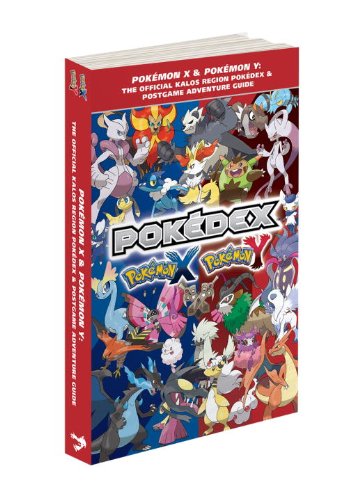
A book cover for PokÃ©mon X & PokÃ©mon Y: The Official Kalos Region PokÃ©dex & Postgame Adventure Guide: The Official PokÃ©mon Strategy Guide; Pokemon Company International; Computers & Technology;